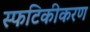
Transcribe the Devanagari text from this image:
स्फटिकीकरण